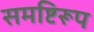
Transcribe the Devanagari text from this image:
समष्टिरूप